Scottish Certificate of Education, 1963
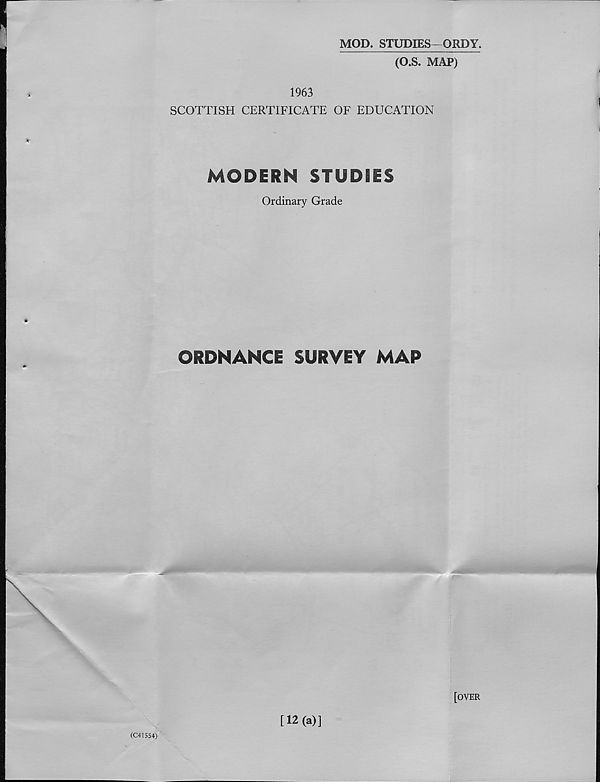
MOD. STUDIES—ORDY.
(O.S. MAP)
1963
SCOTTISH CERTIFICATE OF EDUCATION
MODERN STUDIES
Ordinary Grade
ORDNANCE SURVEY MAP